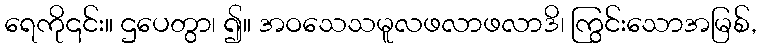
ရေကို၎င်း။ ဌပေတွာ၊ ၍။ အဝသေသမူလဖလာဖလာဒိ၊ ကြွင်းသောအမြစ်,